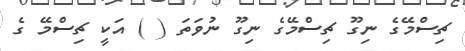
ޗިސްމޭގެ ނިގޫ ޗިސްމޭގެ ނިގޫ ނުވަތަ ( ) އަކީ ޗިސްމޭ ގެ